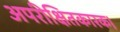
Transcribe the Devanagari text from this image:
अपरीक्षितकारक।